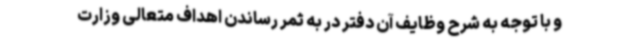
و با توجه به شرح وظایف آن دفتر در به ثمر رساندن اهداف متعالی وزارت